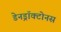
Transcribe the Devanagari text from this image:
डेनड्रॉक्टोनस